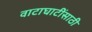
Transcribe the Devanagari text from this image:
वाटाघाटींसाठी